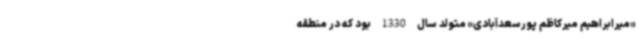
«میرابراهیم میرکاظم‌ پورسعدآبادی» متولد سال 1330 بود که در منطقه